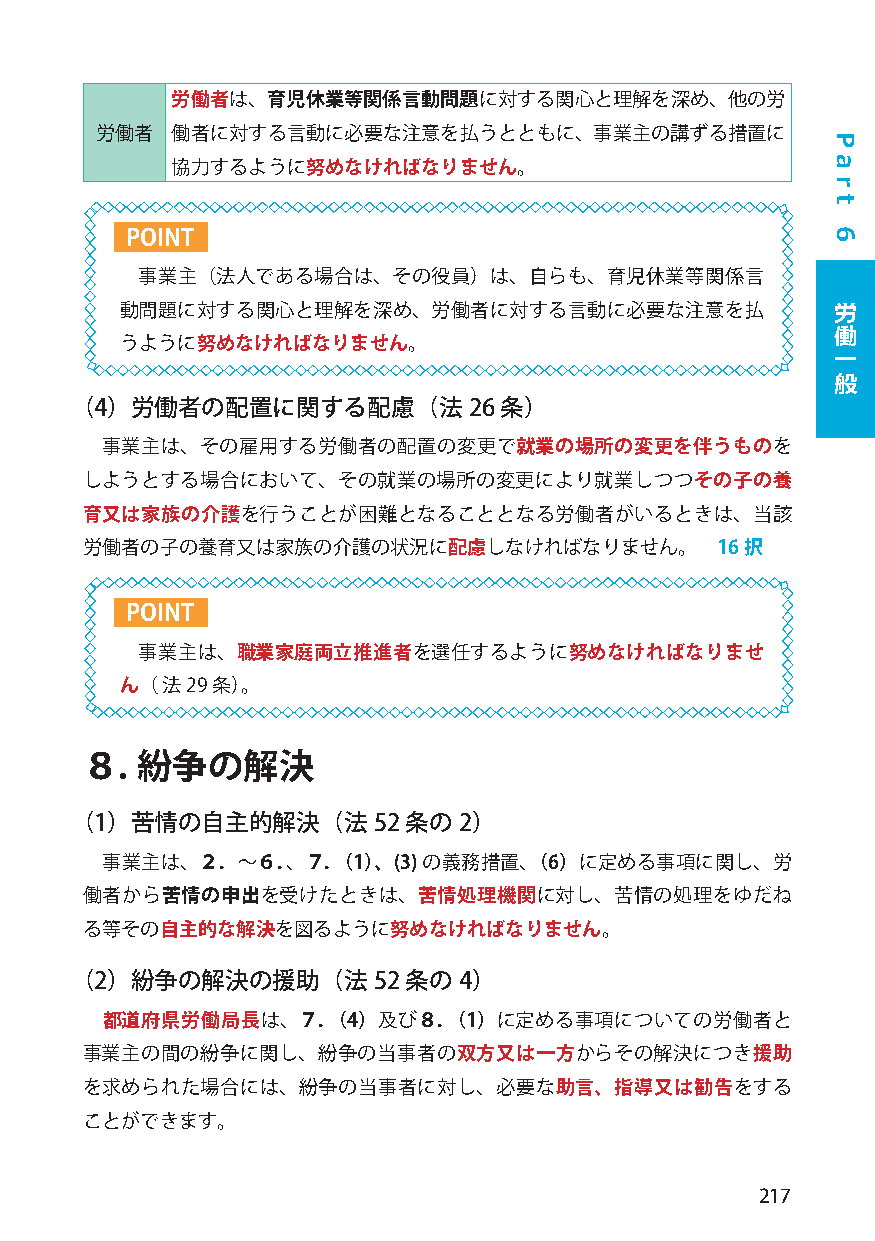
労働者は、育児休業等関係言動問題に対する関心と理解を深め、他の労
 労働者  働者に対する言動に必要な注意を払うとともに、事業主の講ずる措置に
 協力するように努めなければなりません。
 POINT
 事業主（法人である場合は、その役員）は、自らも、育児休業等関係言
 動問題に対する関心と理解を深め、労働者に対する言動に必要な注意を払              労
 働
 うように努めなければなりません。
 一
 般
 （4）労働者の配置に関する配慮（法26         条）
 事業主は、その雇用する労働者の配置の変更で就業の場所の変更を伴うものを
 しようとする場合において、その就業の場所の変更により就業しつつその子の養
 育又は家族の介護を行うことが困難となることとなる労働者がいるときは、当該
 労働者の子の養育又は家族の介護の状況に配慮しなければなりません。          16択
 POINT
 事業主は、職業家庭両立推進者を選任するように努めなければなりませ
 ん（ 法29 条）。
 ８.  紛争の解決
 （1）苦情の自主的解決（法52       条の2）
 事業主は、２．～６．、７．（1）、(3)の義務措置、（6）に定める事項に関し、労
 働者から苦情の申出を受けたときは、苦情処理機関に対し、苦情の処理をゆだね
 る等その自主的な解決を図るように努めなければなりません。
 （2）紛争の解決の援助（法52       条の4）
 都道府県労働局長は、７．（4）及び８．（1）に定める事項についての労働者と
 事業主の間の紛争に関し、紛争の当事者の双方又は一方からその解決につき援助
 を求められた場合には、紛争の当事者に対し、必要な助言、指導又は勧告をする
 ことができます。
 217
 P
 a
 r
 t
 6